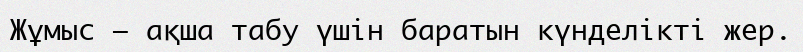
Жұмыс — ақша табу үшін баратын күнделікті жер.